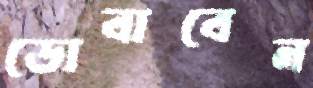
ডোবাবেন